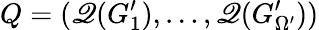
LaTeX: Q=(\mathscr{Q}(G_{1}^{\prime}),\dots,\mathscr{Q}(G_{\Omega^{\prime}}^{\prime}))